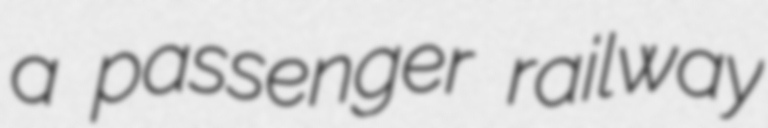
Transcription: a passenger railway